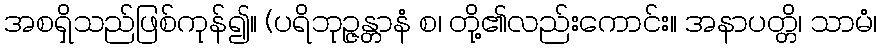
အစရှိသည်ဖြစ်ကုန်၍။ (ပရိဘုဉ္ဇန္တာနံ စ၊ တို့၏လည်းကောင်း။ အနာပတ္တိ၊ သာမံ၊